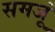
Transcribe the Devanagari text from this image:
समजूं